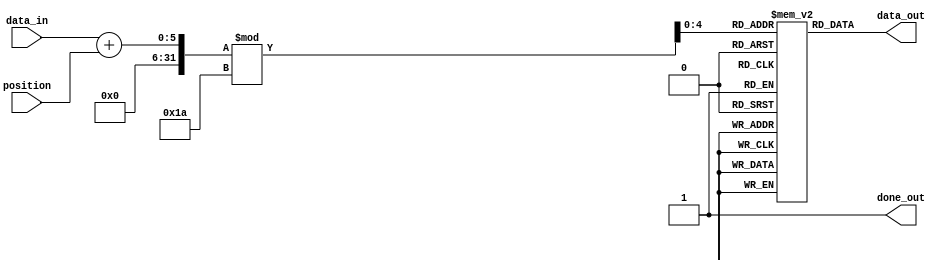
`timescale 1ns / 1ps
//////////////////////////////////////////////////////////////////////////////////
// Design Name: rotor2_for
// Module Name: rotor2_for
// Project Name: ENIGMA551
//////////////////////////////////////////////////////////////////////////////////

module rotor2_forward(
    input [4:0] data_in,  
    input [4:0] position,         
    output reg [4:0] data_out,
    output reg done_out   
);

reg[4:0] mapping[0:25];

initial begin
    done_out = 0;
    mapping[0] = 5'd7;   // AH
    mapping[1] = 5'd0;   // BA
    mapping[2] = 5'd14;  // CO
    mapping[3] = 5'd2;   // DC
    mapping[4] = 5'd9;   // EJ
    mapping[5] = 5'd21;  // FV
    mapping[6] = 5'd5;   // GF
    mapping[7] = 5'd23;  // HX
    mapping[8] = 5'd1;   // IB
    mapping[9] = 5'd19;  // JT
    mapping[10] = 5'd11; // KL
    mapping[11] = 5'd4;  // LE
    mapping[12] = 5'd24; // MY
    mapping[13] = 5'd22; // NW
    mapping[14] = 5'd25; // OZ
    mapping[15] = 5'd13; // PN
    mapping[16] = 5'd8;  // QI
    mapping[17] = 5'd6;  // RG
    mapping[18] = 5'd18; // SS
    mapping[19] = 5'd3;  // TD
    mapping[20] = 5'd16; // UQ
    mapping[21] = 5'd15; // VP
    mapping[22] = 5'd20; // WU
    mapping[23] = 5'd12; // XM
    mapping[24] = 5'd10; // YK
    mapping[25] = 5'd17; // ZR
end


always @(data_in or position) 
begin  
    done_out = 0;
    data_out <= mapping[(data_in + position) % 26];
    done_out = 1;
end

endmodule